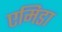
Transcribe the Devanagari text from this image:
एमिडा